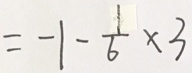
= - 1 - \frac { 1 } { 6 } \times 3